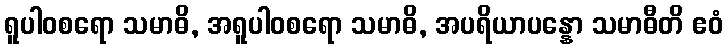
ရူပါဝစရော သမာဓိ, အရူပါဝစရော သမာဓိ, အပရိယာပန္နော သမာဓီတိ ဧဝံ